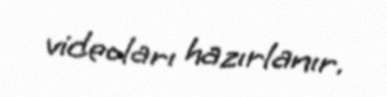
videoları hazırlanır.